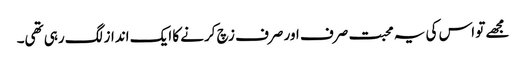
مجھے تو اس کی یہ محبت صرف اور صرف زچ کرنے کا ایک انداز لگ رہی تھی۔